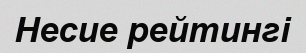
Несие рейтингі